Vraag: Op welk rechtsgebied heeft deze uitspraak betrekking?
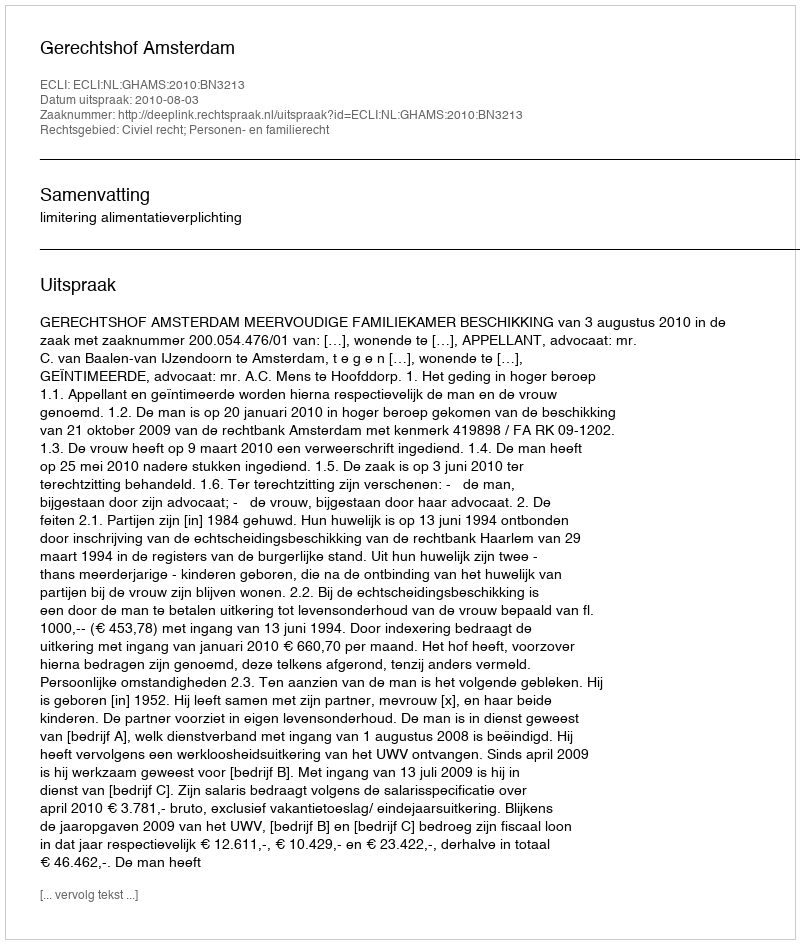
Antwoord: Civiel recht; Personen- en familierecht